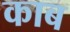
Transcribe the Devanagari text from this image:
काब